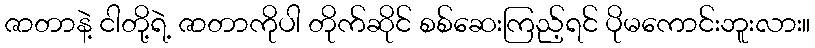
ဇာတာနဲ့ ငါတို့ရဲ့ ဇာတာကိုပါ တိုက်ဆိုင် စစ်ဆေးကြည့်ရင် ပိုမကောင်းဘူးလား။